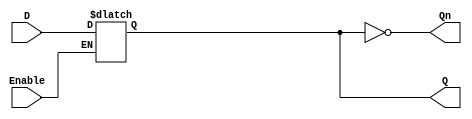
module latch_register (
    input wire D,          // Data Input
    input wire Enable,     // Control Signal (Enable)
    output reg Q,         // Data Output
    output wire Qn        // Inverted Output
);

// Inverted output
assign Qn = ~Q;

// Latch behavior
always @(*) begin
    if (Enable) begin
        Q = D;           // When Enable is high, capture the input data
    end
    // When Enable is low, Q retains its previous value (latch behavior)
end

endmodule